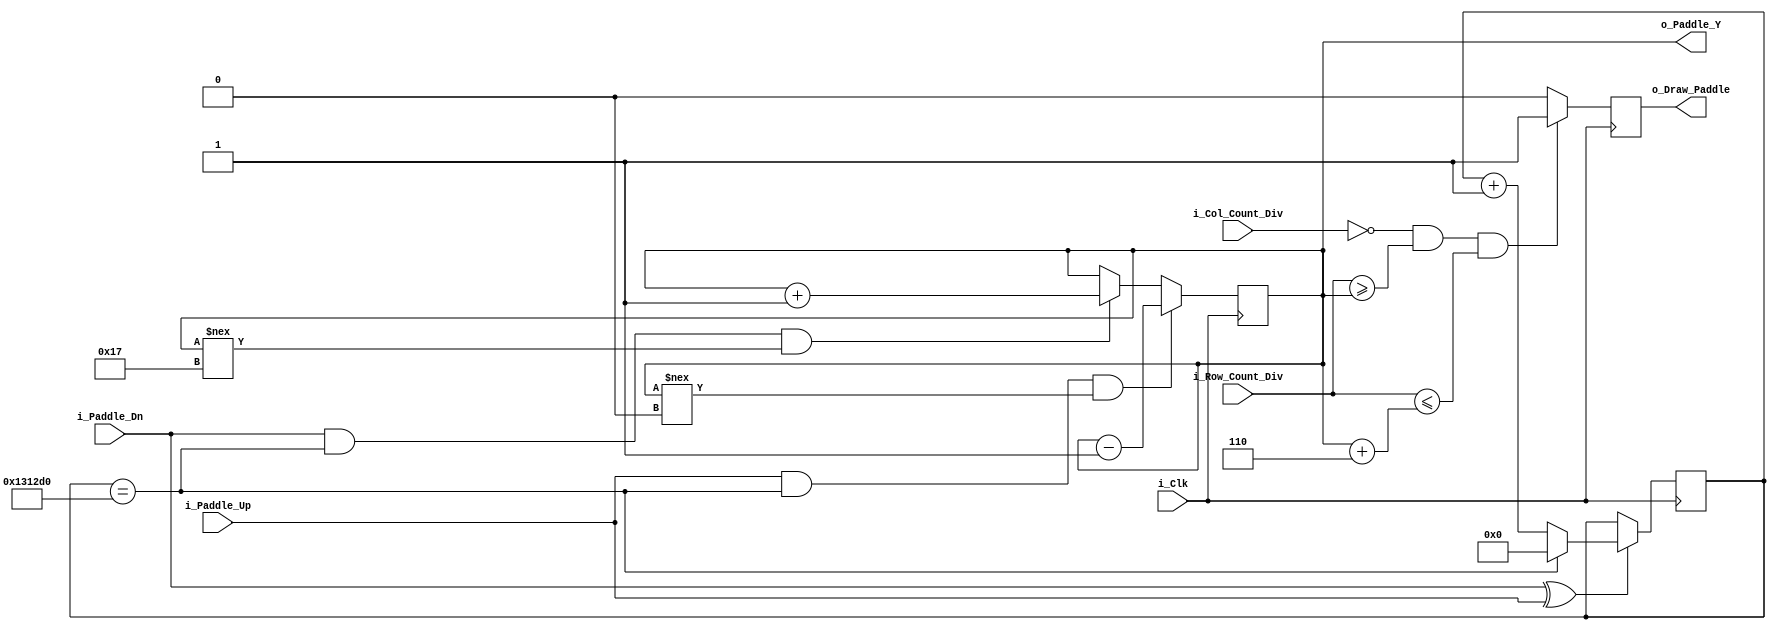
module Pong_Paddle_Ctrl
   #( parameter c_PLAYER_PADDLE_X = 0,
	  parameter c_PADDLE_HEIGHT = 6,
	  parameter c_GAME_HEIGHT = 30
	  )
	 (input			i_Clk,
	  input [5:0]	i_Col_Count_Div,
	  input [5:0]	i_Row_Count_Div,
	  input			i_Paddle_Up,
	  input			i_Paddle_Dn,
	  output reg	o_Draw_Paddle,
	  output reg [5:0] o_Paddle_Y);
	  
	  // Ustaw prdko poruszania si paletki
	  // dla 1250 000 = 50 ms
	  parameter c_PADDLE_SPEED = 1250000;
	  
	  reg [31:0] r_Paddle_Count = 0;
	  
	  wire w_Paddle_Count_En;
	  
	  // Zezwl na poruszanie, jeli tylko jeden przycisk jest wcinity
	  // operacja OR ^
	  assign w_Paddle_Count_En = i_Paddle_Dn ^ i_Paddle_Up;
	  
	  always @(posedge i_Clk)
	  begin
		if(w_Paddle_Count_En == 1'b1)
		begin
		
			// Jeli mineo 50ms wcinicia to resetuj licznik wcinicia
			if(r_Paddle_Count == c_PADDLE_SPEED) r_Paddle_Count <=0;
					
			else r_Paddle_Count <= r_Paddle_Count + 1;
		end // if w_Paddle_Count_En = 1
	  
	  
		// Aktualizuj pooenie paletki, tylko jeli licznik wcinicia jest zapeniony
		// nie aktualizuj, jeli paletka jest na grze ekranu
		if(i_Paddle_Up == 1'b1 && r_Paddle_Count == c_PADDLE_SPEED 
			&& o_Paddle_Y !== 0)	o_Paddle_Y <= o_Paddle_Y -1;
			
		else if (i_Paddle_Dn == 1'b1 && r_Paddle_Count == c_PADDLE_SPEED
			&& o_Paddle_Y !== c_GAME_HEIGHT-c_PADDLE_HEIGHT-1)
			o_Paddle_Y <= o_Paddle_Y + 1;	
		
	  end // always
	  
	  
	  // Rysowacze
	  always @(posedge i_Clk)
	  begin
		// Rysuj pojeduncz kolumne, przez ilosc wierszy zapisanych w c_PADDLE_HEIGHT
		if(i_Col_Count_Div == c_PLAYER_PADDLE_X &&
		   i_Row_Count_Div >= o_Paddle_Y &&
		   i_Row_Count_Div <= o_Paddle_Y + c_PADDLE_HEIGHT)
		   o_Draw_Paddle <= 1'b1;
		   else o_Draw_Paddle <= 1'b0;
	  end //always
endmodule